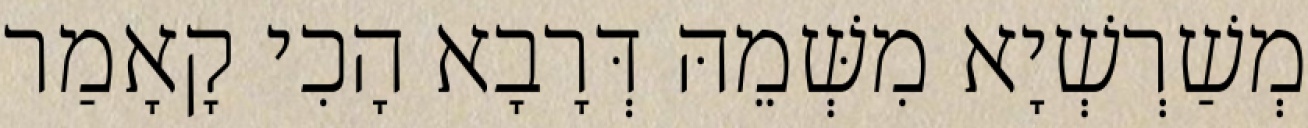
מְשַׁרְשְׁיָא מִשְּׁמֵהּ דְּרָבָא הָכִי קָאָמַר